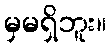
မှမရှိဘူး။